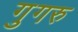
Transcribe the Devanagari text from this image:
गुगरु